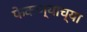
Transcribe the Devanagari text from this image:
फेकण्याच्या